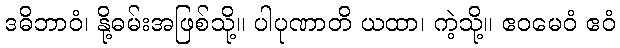
ဒဓိဘာဝံ၊ နို့ဓမ်းအဖြစ်သို့။ ပါပုဏာတိ ယထာ၊ ကဲ့သို့။ ဧဝမေဝံ ဧဝံ